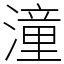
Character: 潼